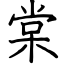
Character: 棠